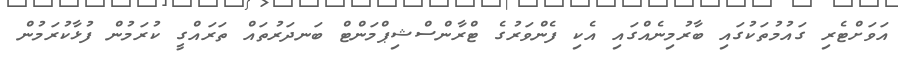
އަވަށްޓެރި ގައުމުތަކުގައި ބާރުމިނެއްގައި އެކި ފެންވަރުގެ ޓްރާންސްޝިޕްމަންޓް ބަނދަރުތައް ތަރައްގީ ކުރަމުން ފުޅާކުރަމުން